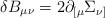
LaTeX: \begin{align*}\delta B_{\mu\nu} = 2 \partial_{[\mu} \Sigma_{\nu]}\,\end{align*}